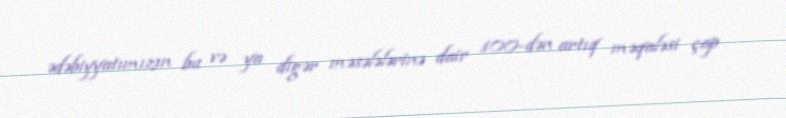
ədəbiyyatımızın bu və ya digər məsələlərinə dair 100-dən artıq məqaləsi çap